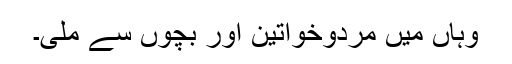
وہاں میں مردوخواتین اور بچوں سے ملی۔